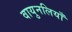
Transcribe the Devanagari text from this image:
वायुनलियाँ